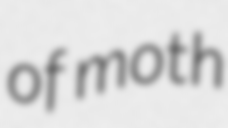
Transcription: of moth